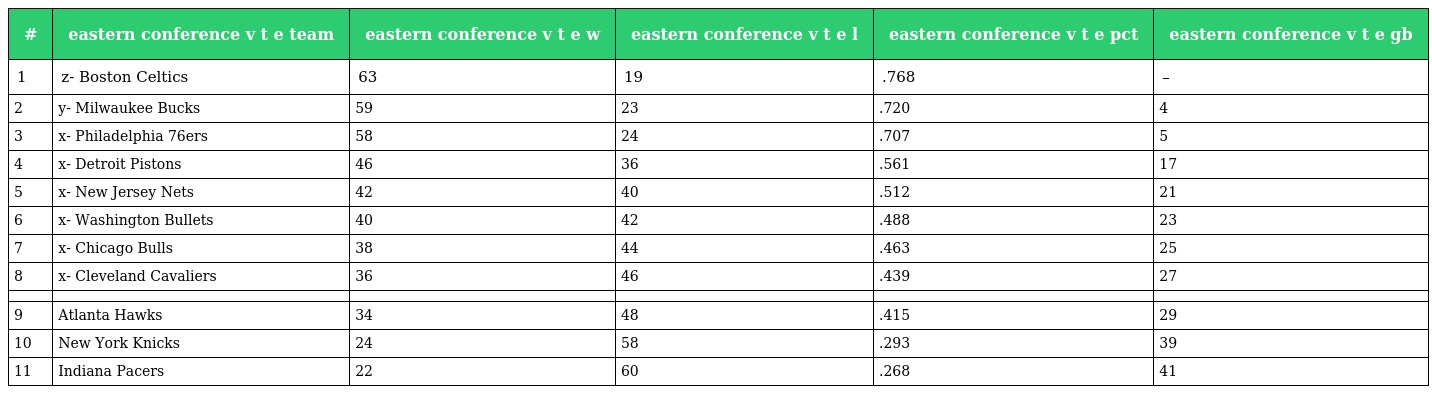
| # | eastern conference v t e team | eastern conference v t e w | eastern conference v t e l | eastern conference v t e pct | eastern conference v t e gb |
 | --- | --- | --- | --- | --- | --- |
 | 1 | z- Boston Celtics | 63 | 19 | .768 | – |
 | 2 | y- Milwaukee Bucks | 59 | 23 | .720 | 4 |
 | 3 | x- Philadelphia 76ers | 58 | 24 | .707 | 5 |
 | 4 | x- Detroit Pistons | 46 | 36 | .561 | 17 |
 | 5 | x- New Jersey Nets | 42 | 40 | .512 | 21 |
 | 6 | x- Washington Bullets | 40 | 42 | .488 | 23 |
 | 7 | x- Chicago Bulls | 38 | 44 | .463 | 25 |
 | 8 | x- Cleveland Cavaliers | 36 | 46 | .439 | 27 |
 |  |  |  |  |  |  |
 | 9 | Atlanta Hawks | 34 | 48 | .415 | 29 |
 | 10 | New York Knicks | 24 | 58 | .293 | 39 |
 | 11 | Indiana Pacers | 22 | 60 | .268 | 41 |